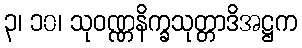
၃၊ ၁၀၊ သုဝဏ္ဏနိက္ခသုတ္တာဒိအဋ္ဌက